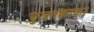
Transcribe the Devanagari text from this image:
चुलतकाका